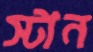
স্টান